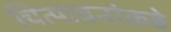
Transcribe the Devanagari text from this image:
चित्पावनांकडे